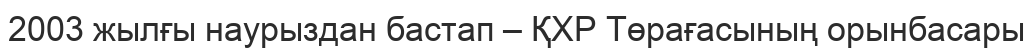
2003 жылғы наурыздан бастап – ҚХР Төрағасының орынбасары